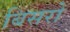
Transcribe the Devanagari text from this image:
बिसरो